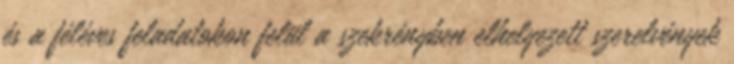
és a féléves feladatokon felül a szekrényben elhelyezett szerelvények